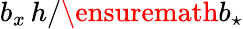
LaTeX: b_{x}\, h/\ensuremath{b_{\star}}